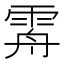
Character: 𩂤